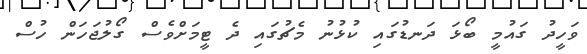
ވަހީދު ގައުމީ ބޯޅަ ދަނޑުގައި ކުޅުނު މެޗުގައި ދެ ޓީމަށްވެސް ގޯލުޖަހަން ހުސް